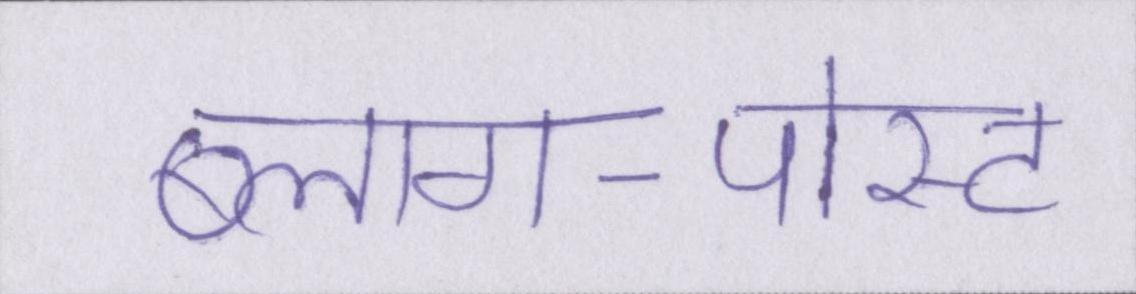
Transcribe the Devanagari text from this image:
ब्लाग-पोस्ट